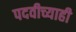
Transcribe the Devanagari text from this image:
पदवीच्याही